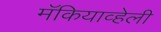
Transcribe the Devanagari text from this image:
मॅकियाव्हेली